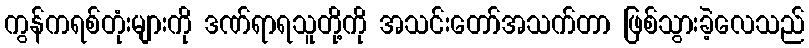
ကွန်ကရစ်တုံးများကို ဒဏ်ရာရသူတို့ကို အသင်းတော်အသက်တာ ဖြစ်သွားခဲ့လေသည်